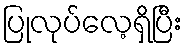
ပြုလုပ်လေ့ရှိပြီး